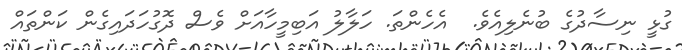
ގުޅީ ނިސާދުގެ ބުނެލިއެވެ.  އެހެންތަ. ހަލާލު އަބިމީހާއަށް ވެސް ދޮގުހަދައިގެން ކަންތައް